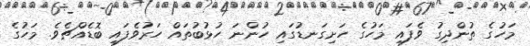
މަހުގެ ތުންދިގު ވެފައި މަހުގެ ހަށިގަނޑުގައި ހުންނަ ހުޅުބުތައް ހަރުވެފައި ބޮޑެއްޗެވެ. މަހުގެ